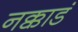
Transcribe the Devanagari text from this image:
नक्काडं